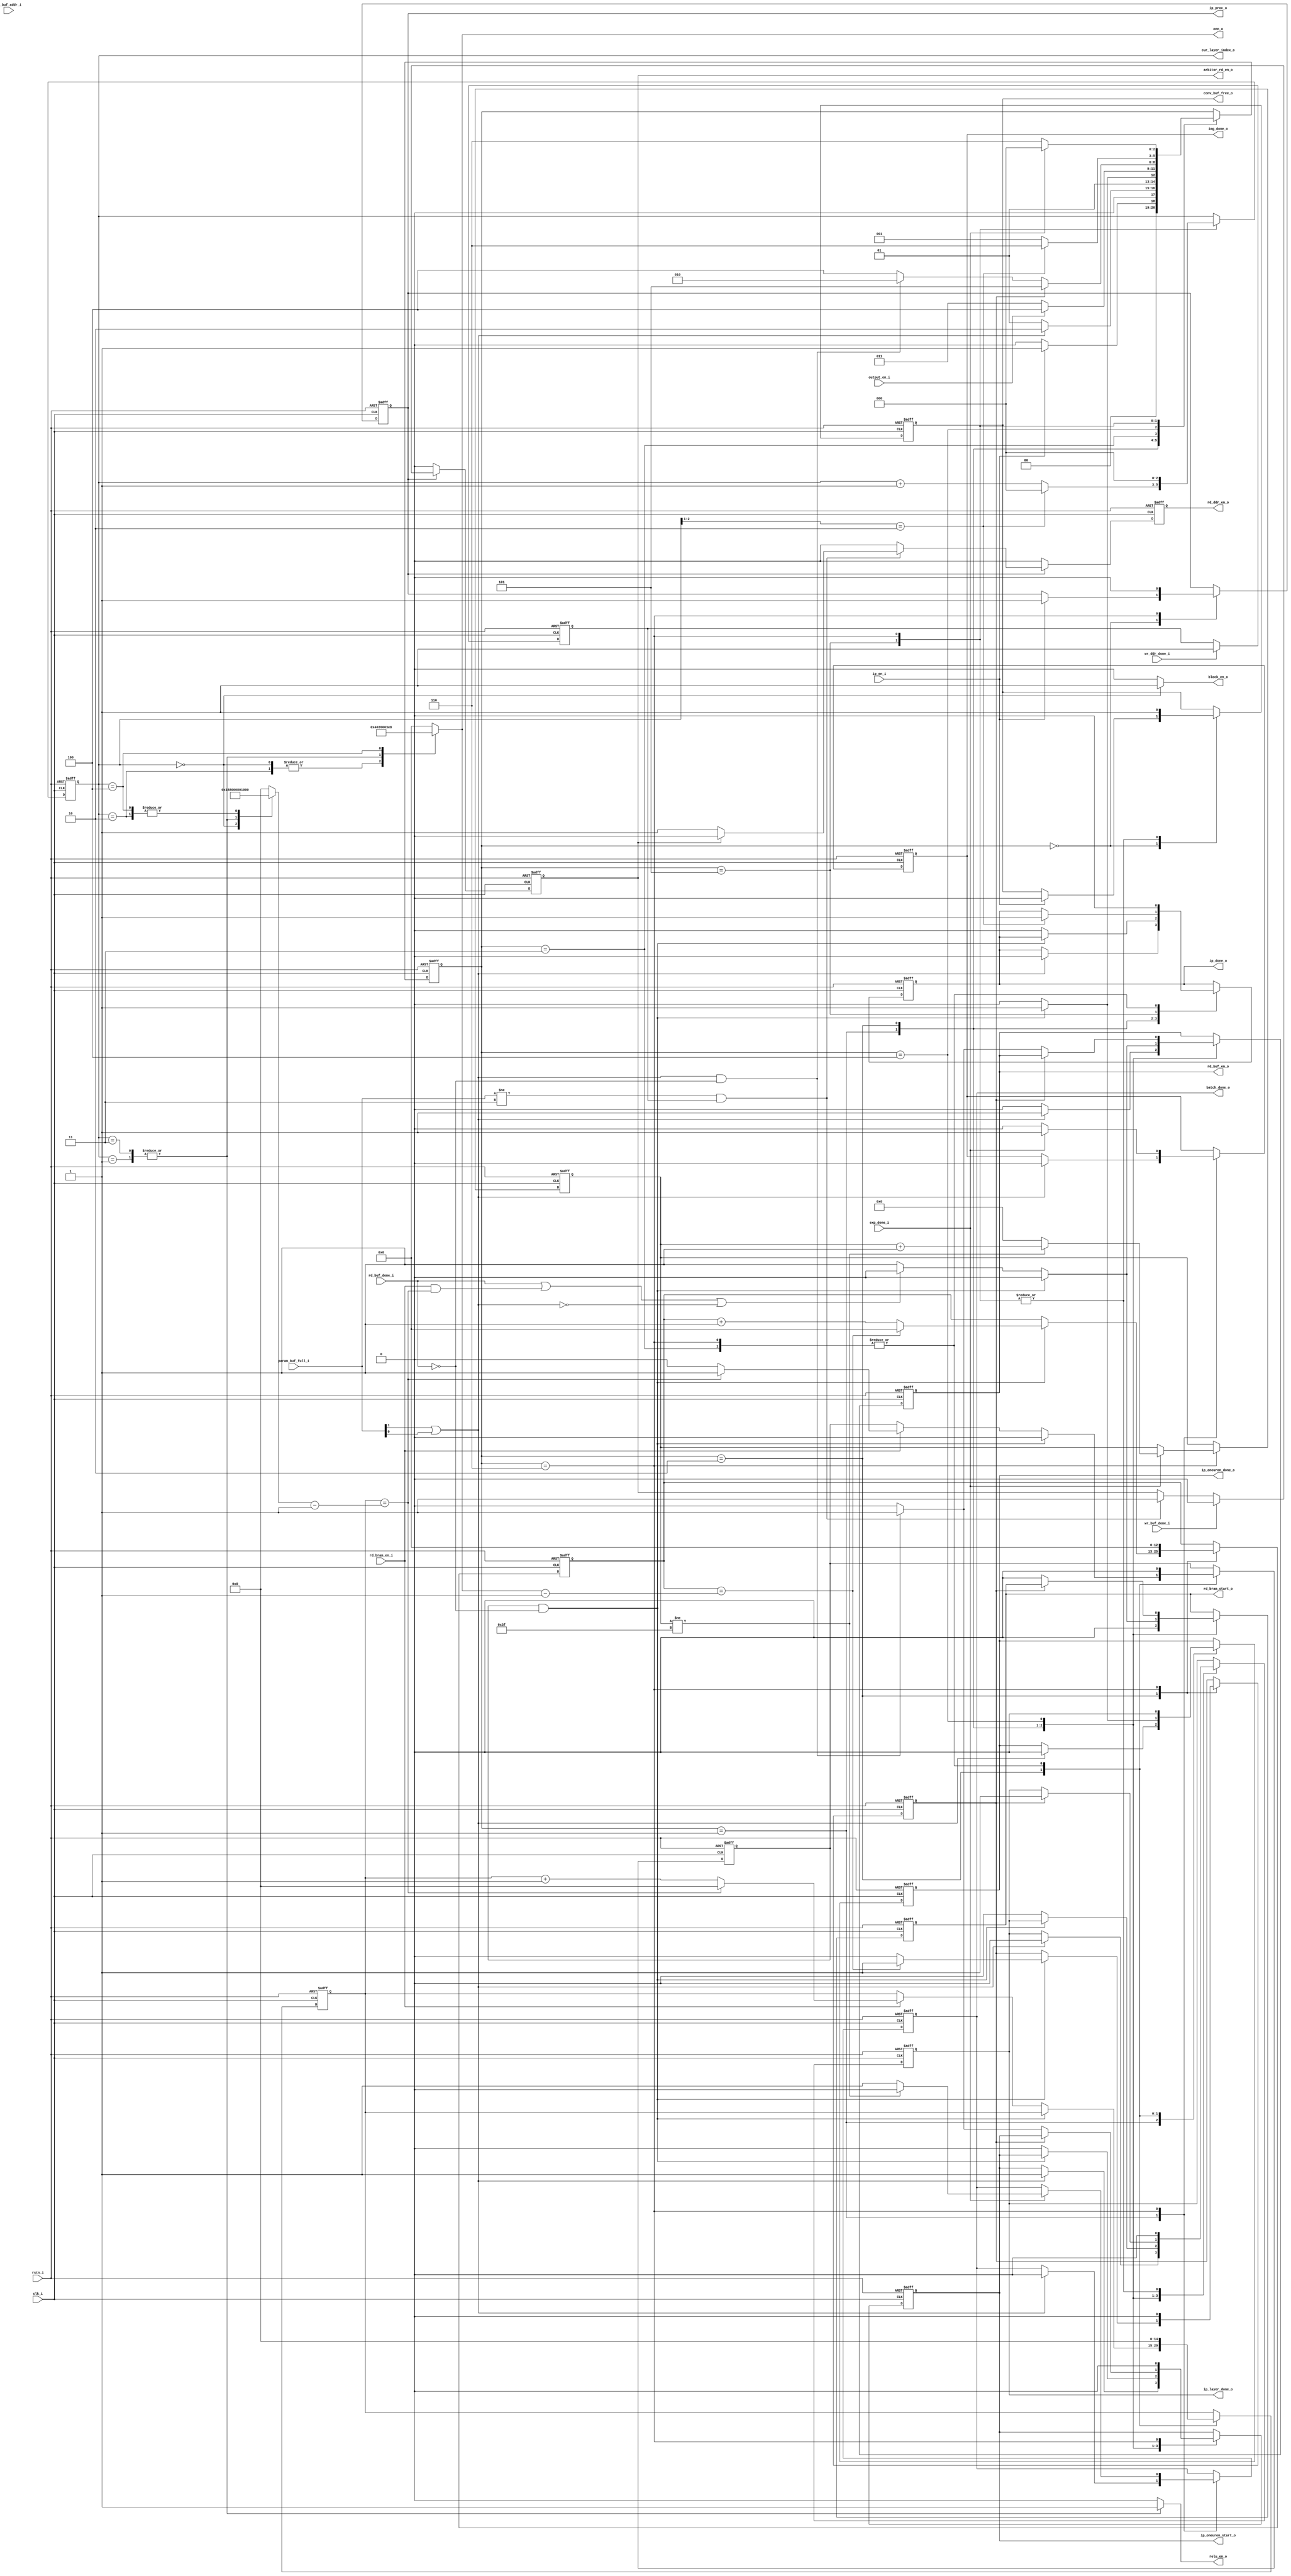
module ip_control
#(
    parameter LAYER_NUM = 2'b10,
    parameter BATCH_NUM = 8'd64,
    parameter WL = 32
)
(
    input  clk_i,
    input  rstn_i,
    (*mark_debug="TRUE"*)input  ip_en_i,
    (*mark_debug="TRUE"*)input  exp_done_i,
    input  wr_ddr_done_i,
    (*mark_debug="TRUE"*)input  wr_buf_done_i,
    (*mark_debug="TRUE"*)input  [2-1:0] param_buf_full_i,
    output reg rd_bram_start_o,
    input  rd_bram_en_i,
    input  rd_buf_done_i,
    input  [9-1:0] ip_buf_addr_i,
    input  output_en_i,
    output reg rd_buf_en_o,
    output reg rd_ddr_en_o,
    (*mark_debug="TRUE"*)output arbitor_rd_en_o,
    (*mark_debug="TRUE"*)output [3-1:0] cur_layer_index_o,
    output reg relu_en_o,
    output reg block_en_o,
    output reg ip_oneuron_start_o,
    output reg ip_oneuron_done_o,
    output [13-1:0]onn_o,
    output reg ip_layer_done_o,
    output reg conv_buf_free_o,
    output     ip_proc_o,
    output reg ip_done_o,
    output reg img_done_o,
    output reg batch_done_o
);

    localparam IP_IDLE    = 3'd0;
    localparam LAYER_PROC = 3'd1;
    localparam ONEUR_PROC = 3'd2;
    localparam ONEUR_DONE = 3'd3;
    localparam ONEUR_WRIT = 3'd4;
    localparam LAYER_DONE = 3'd5;
    localparam IP_DONE    = 3'd6;

    (*mark_debug="TRUE"*)reg [3-1:0] _cs_;

    reg [3-1:0] cur_layer_index;
    wire        param_buf_ready;
    reg         last_ineuron_proc;
    reg         last_oneuron_proc;
    (*mark_debug="TRUE"*)reg [15-1:0] num_ineuron_proc;
    (*mark_debug="TRUE"*)reg [13-1:0] num_oneuron_proc;
    reg [15-1:0] inn; // input neuron number
    reg [13-1:0] onn; // output neuron number
    (*mark_debug="TRUE"*)reg [8-1:0]  batch_num;
    reg ip_proc;

    assign param_buf_ready = param_buf_full_i[1] || param_buf_full_i[0];
    assign ip_proc_o = ip_proc;
    always @(negedge rstn_i or posedge clk_i) begin
        if(~rstn_i) begin
            _cs_ <= IP_IDLE;

            rd_bram_start_o <= 1'b0;
            rd_buf_en_o     <= 1'b0;
            cur_layer_index <= 3'd0;
            ip_oneuron_start_o <= 1'b0;
            ip_oneuron_done_o  <= 1'b0;
            ip_layer_done_o    <= 1'b0;
            conv_buf_free_o    <= 1'b1;
            ip_proc            <= 1'b0;
            ip_done_o          <= 1'b0;
            batch_done_o       <= 1'b0;
            img_done_o         <= 1'b0;
            batch_num          <= 8'd0;

            num_ineuron_proc   <= 15'd0;
            num_oneuron_proc   <= 13'd0;
            last_ineuron_proc  <= 1'b0;
            last_oneuron_proc  <= 1'b0;
        end
        else begin
            case(_cs_)
            IP_IDLE: begin
                if(ip_en_i) begin
                    _cs_ <= LAYER_PROC;
                   
                   ip_proc         <= 1'b1;
                   conv_buf_free_o <= 1'b0;
                end
                else begin
                    _cs_ <= IP_IDLE;
                end
            end
            LAYER_PROC: begin
                if(param_buf_ready) begin
                    _cs_ <= ONEUR_PROC;

                    // param_buf enable signal should be ahead of 
                    // bram signal to read bias for beginning of 
                    // process output neuron
                    rd_bram_start_o    <= 1'b0;
                    rd_buf_en_o        <= 1'b1;
                    ip_oneuron_start_o <= 1'b1;
                    ip_oneuron_done_o  <= 1'b0;
                    ip_layer_done_o    <= 1'b0;
                    ip_done_o          <= 1'b0;
                    batch_done_o       <= 1'b0;
                    img_done_o         <= 1'b0;
                end
                /*
                else if(~ip_en_i) begin
                    _cs_ <= IP_IDLE;
                end
                */
                else begin
                    _cs_ <= LAYER_PROC;

                    rd_bram_start_o <= 1'b0;
                    rd_buf_en_o     <= 1'b0;
                end
            end
            ONEUR_PROC: begin 
                // last input process for output neuron,
                // make sure it will be processed with rd_buf_done_i=1
                if(last_ineuron_proc && ~rd_buf_done_i) begin
                    _cs_ <= ONEUR_DONE;

                    rd_bram_start_o   <= 1'b0;
                    rd_buf_en_o       <= 1'b0;
                    ip_oneuron_done_o <= 1'b1;
                    last_ineuron_proc <= 1'b0;
                    if(num_oneuron_proc == onn-1'b1) begin
                        num_oneuron_proc  <= 12'd0;
                        last_oneuron_proc <= 1'b1;
                    end
                    else begin
                        num_oneuron_proc  <= num_oneuron_proc + 1'b1;
                        last_oneuron_proc <= 1'b0;
                    end
                end
                else begin
                    _cs_ <= ONEUR_PROC;

                    // wait one clock to switch param buffer
                    if(rd_buf_done_i || (rd_bram_en_i && num_ineuron_proc == inn-1'b1) || 
                      ~param_buf_ready) begin
                        rd_bram_start_o <= 1'b0;
                        rd_buf_en_o     <= 1'b0;
                    end
                    else begin
                        rd_bram_start_o <= 1'b1;
                        rd_buf_en_o     <= 1'b1;
                    end
                    if (rd_bram_en_i==1'b1) begin
                        if (num_ineuron_proc == inn-1'b1) begin
                            num_ineuron_proc  <= 15'd0;
                            last_ineuron_proc <= 1'b1;
                            // ip_oneuron_done_o <= 1'b0;
                        end
                        else begin
                            num_ineuron_proc  <= num_ineuron_proc + 1'b1;
                            last_ineuron_proc <= 1'b0;
                            // ip_oneuron_done_o <= 1'b1;
                        end
                    end
                    ip_oneuron_start_o <= 1'b0;
                    ip_oneuron_done_o  <= 1'b0;
                    ip_layer_done_o    <= 1'b0;
                    ip_done_o          <= 1'b0;
                end
            end
            ONEUR_DONE: begin
                // after output data has been wrotten out, 
                // state can change
                if(output_en_i) begin
                    _cs_ <= ONEUR_WRIT;
                end
                else begin
                    _cs_ <= ONEUR_DONE;
                end
                
                num_ineuron_proc  <= 15'd0;
                last_ineuron_proc <= 1'b0;
                ip_oneuron_done_o <= 1'b0;
                ip_done_o         <= 1'b0;
            end
            ONEUR_WRIT: begin
                if(last_oneuron_proc) begin
                    _cs_ <= LAYER_DONE;

                    ip_layer_done_o <= 1'b1;
                end
                else begin 
                    if(param_buf_ready && ~rd_buf_done_i) begin
                        _cs_ <= ONEUR_PROC;

                        rd_bram_start_o    <= 1'b0;
                        rd_buf_en_o        <= 1'b1;
                        ip_oneuron_start_o <= 1'b1;
                    end
                    else begin
                        _cs_ <= ONEUR_WRIT;

                        rd_bram_start_o    <= 1'b0;
                        rd_buf_en_o        <= 1'b0;
                        ip_oneuron_start_o <= 1'b0;
                    end
                end 
            end
            LAYER_DONE: begin
                if(cur_layer_index[2:1] == LAYER_NUM) begin
                    _cs_ <= IP_DONE;

                    ip_layer_done_o <= 1'b0;
                    ip_done_o       <= 1'b1;
                end
                else begin
                    _cs_ <= LAYER_PROC;

                    ip_layer_done_o <= 1'b0;
                end

                if(cur_layer_index[2:1] == LAYER_NUM) begin
                    cur_layer_index  <= 3'd0;
                end
                else begin
                    cur_layer_index  <= cur_layer_index + 1'b1;
                end
                conv_buf_free_o <= 1'b1;
            end
            IP_DONE: begin            
                ip_proc   <= 1'b0;
                ip_done_o <= 1'b0;
                cur_layer_index <= 3'd0;
                ip_oneuron_start_o <= 1'b0;
                ip_oneuron_done_o  <= 1'b0;
                ip_layer_done_o    <= 1'b0;
                conv_buf_free_o    <= 1'b1;
                num_ineuron_proc   <= 15'd0;
                num_oneuron_proc   <= 13'd0;
                last_ineuron_proc  <= 1'b0;
                last_oneuron_proc  <= 1'b0;
                
                if(exp_done_i) begin
                    _cs_ <= IP_IDLE;
                    
                    img_done_o <= 1'b1;
                    if(batch_num != BATCH_NUM-1'b1) begin
                        batch_num    <= batch_num + 1'b1;
                        batch_done_o <= 1'b0;
                    end
                    else begin
                        batch_num    <= 8'd0;
                        batch_done_o <= 1'b1;
                    end
                end
                else begin
                    _cs_ <= IP_DONE;

                    img_done_o <= 1'b0;
                end
            end
            endcase
        end
    end
    
    assign onn_o = onn;
    assign cur_layer_index_o = cur_layer_index;
    always @(cur_layer_index)
    begin
        case(cur_layer_index)
            3'd0: begin inn = 15'd25088; onn = 13'd256;  relu_en_o = 1'b0; block_en_o = 1'b1; end
            3'd1: begin inn = 15'd256;   onn = 13'd4096; relu_en_o = 1'b1; block_en_o = 1'b0; end
            3'd2: begin inn = 15'd4096;  onn = 13'd256;  relu_en_o = 1'b0; block_en_o = 1'b0; end
            3'd3: begin inn = 15'd256;   onn = 13'd4096; relu_en_o = 1'b1; block_en_o = 1'b0; end
            3'd4: begin inn = 15'd4096;  onn = 13'd1000; relu_en_o = 1'b0; block_en_o = 1'b0; end
            default: begin inn = 15'd0;  onn = 13'd0;    relu_en_o = 1'b0; block_en_o = 1'b0; end
        endcase
    end

    // read parameter control
    (*mark_debug="TRUE"*)reg ddr_data_ready;
    reg rd_ddr_start;
    //--write done signal should be kept during all 
    //--inner product process
    always @(posedge clk_i or negedge rstn_i) begin
        if(~rstn_i) begin ddr_data_ready <= 1'b0; end
        else begin
            if(wr_ddr_done_i) begin ddr_data_ready <= 1'b1; end
        end
    end
    //--read ddr enable is not related to state _cs_
    //--so, read ddr enable signal is only controlled
    //--by param buf state

    //--arbitor_rd_en_o must be hold hight until
    //--read ddr cycle is done
    assign arbitor_rd_en_o = rd_ddr_start;
    always @(posedge clk_i or negedge rstn_i) begin
        if (~rstn_i) begin 
            rd_ddr_en_o  <= 1'b0; 
            rd_ddr_start <= 1'b0; 
        end
        else begin
            if (ip_proc) begin
                if (param_buf_full_i!=2'b11 && ddr_data_ready) 
                begin
                    if(~rd_ddr_start) begin 
                        rd_ddr_en_o  <= 1'b1; 
                        rd_ddr_start <= 1'b1; 
                    end
                    else begin 
                        rd_ddr_en_o <= 1'b0; 
                    end
                end
                else begin 
                    rd_ddr_en_o <= 1'b0; 
                end
                if(wr_buf_done_i) begin 
                    rd_ddr_start <= 1'b0; 
                end
            end
            else begin 
                rd_ddr_en_o <= 1'b0; 
                rd_ddr_start <= 1'b0; 
            end
        end
    end

endmodule